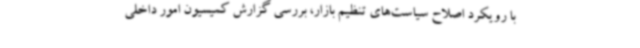
با رویکرد اصلاح سیاست‌های تنظیم بازار، بررسی گزارش کمیسیون امور داخلی